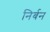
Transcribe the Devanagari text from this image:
निर्बन